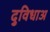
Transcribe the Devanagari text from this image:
दुविधाअ